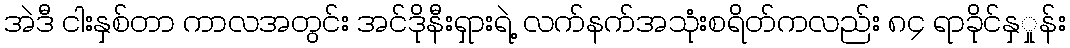
အဲဒီ ငါးနှစ်တာ ကာလအတွင်း အင်ဒိုနီးရှားရဲ့ လက်နက်အသုံးစရိတ်ကလည်း ၈၄ ရာခိုင်နှှုန်း